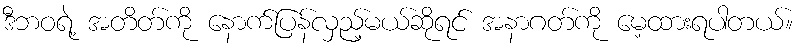
ဒီဘဝရဲ့ အတိတ်ကို နောက်ပြန်လှည့်မယ်ဆိုရင် အနာဂတ်ကို မေ့ထားရပါတယ်။